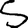
Digit: 5